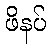
ဖိနပ်